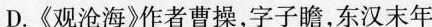
D.《观沧海》作者曹操，字子瞻，东汉末年